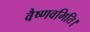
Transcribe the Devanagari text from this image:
वैष्णवमिति।